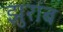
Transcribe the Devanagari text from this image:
झुराब